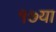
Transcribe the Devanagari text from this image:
१७या